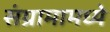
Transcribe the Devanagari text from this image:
संग्रामामध्ये